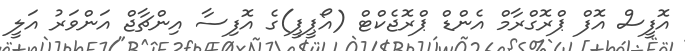
އޮފީސް އޮފް ޕްރޮގްރާމް އެންޑް ޕްރޮޖެކްޓް (އޯޕީޕީ)ގެ އޮފިސާ އިންޗާޖް އަންވަރު އަލީ